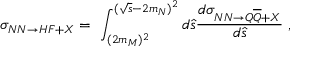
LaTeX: \sigma _ { N N \rightarrow H F + X } = \ \int _ { ( 2 m _ { M } ) ^ { 2 } } ^ { ( \sqrt { s } - 2 m _ { N } ) ^ { 2 } } d \hat { s } \frac { d \sigma _ { N N \rightarrow Q \overline { { { Q } } } + X } } { d \hat { s } } \ , \nonumber